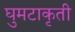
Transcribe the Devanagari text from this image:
घुमटाकृती